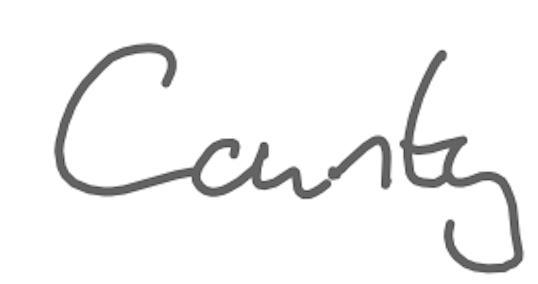
Text: County
Cross-out: clean
Writing tool: digital_gray